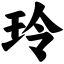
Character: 玲